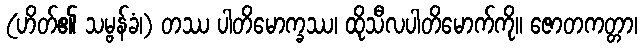
(ဟိတ်၏ သမ္ဗန်ခံ၊) တဿ ပါတိမောက္ခဿ၊ ထိုသီလပါတိမောက်ကို။ ဇောတကတ္တာ၊